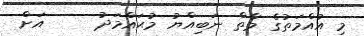
މި އުއްމަތުގެ މާތް ނަބިއްޔު މުޙައްމަދު     އަށް